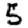
Digit: 5